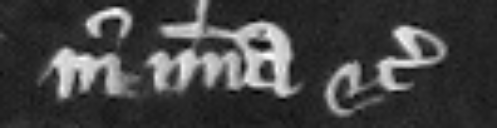
in misericordia etc.